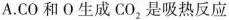
A.CO和O生成CO_{2}是吸热反应